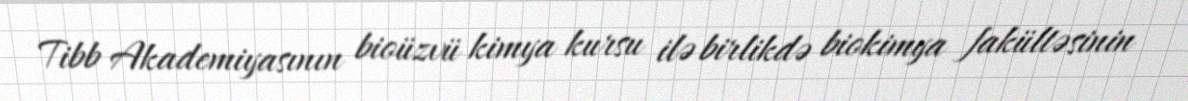
Tibb Akademiyasının bioüzvü kimya kursu ilə birlikdə biokimya fakültəsinin